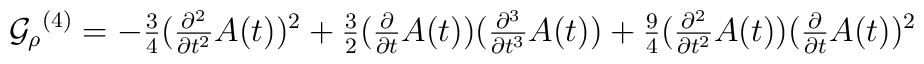
{{\cal{G}}_{\rho }}^{{(4)}}= - { \textstyle\frac {3}{4}} ({\textstyle\frac {\partial ^{2}}{\partial t^{2}}}{A}(t))^{2} + { \textstyle\frac {3}{2}} ({\textstyle\frac {\partial }{\partial t}}{A}(t))({\textstyle\frac {\partial ^{3}}{\partial t^{3}}}{A}(t))+{ \textstyle\frac {9}{4}} ({\textstyle\frac {\partial ^{2}}{\partial t^{2}}}{A}(t))({\textstyle\frac {\partial }{\partial t}}{A}(t))^{2}